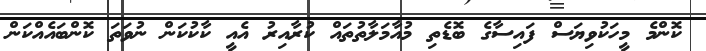
ކޮންމެ މީހަކުވިޔަސް ފައިސާގެ ބޮޑެތި މުއާމަލާތުތައް ކުރާއިރު އެއީ ކާކުކަން ނުވަތަ ކޮންބައެއްކަން